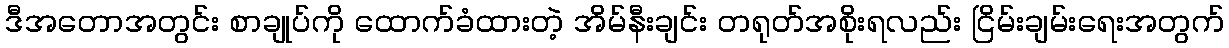
ဒီအတောအတွင်း စာချုပ်ကို ထောက်ခံထားတဲ့ အိမ်နီးချင်း တရုတ်အစိုးရလည်း ငြိမ်းချမ်းရေးအတွက်